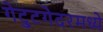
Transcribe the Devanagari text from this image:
गेट्टुगेदरमध्ये